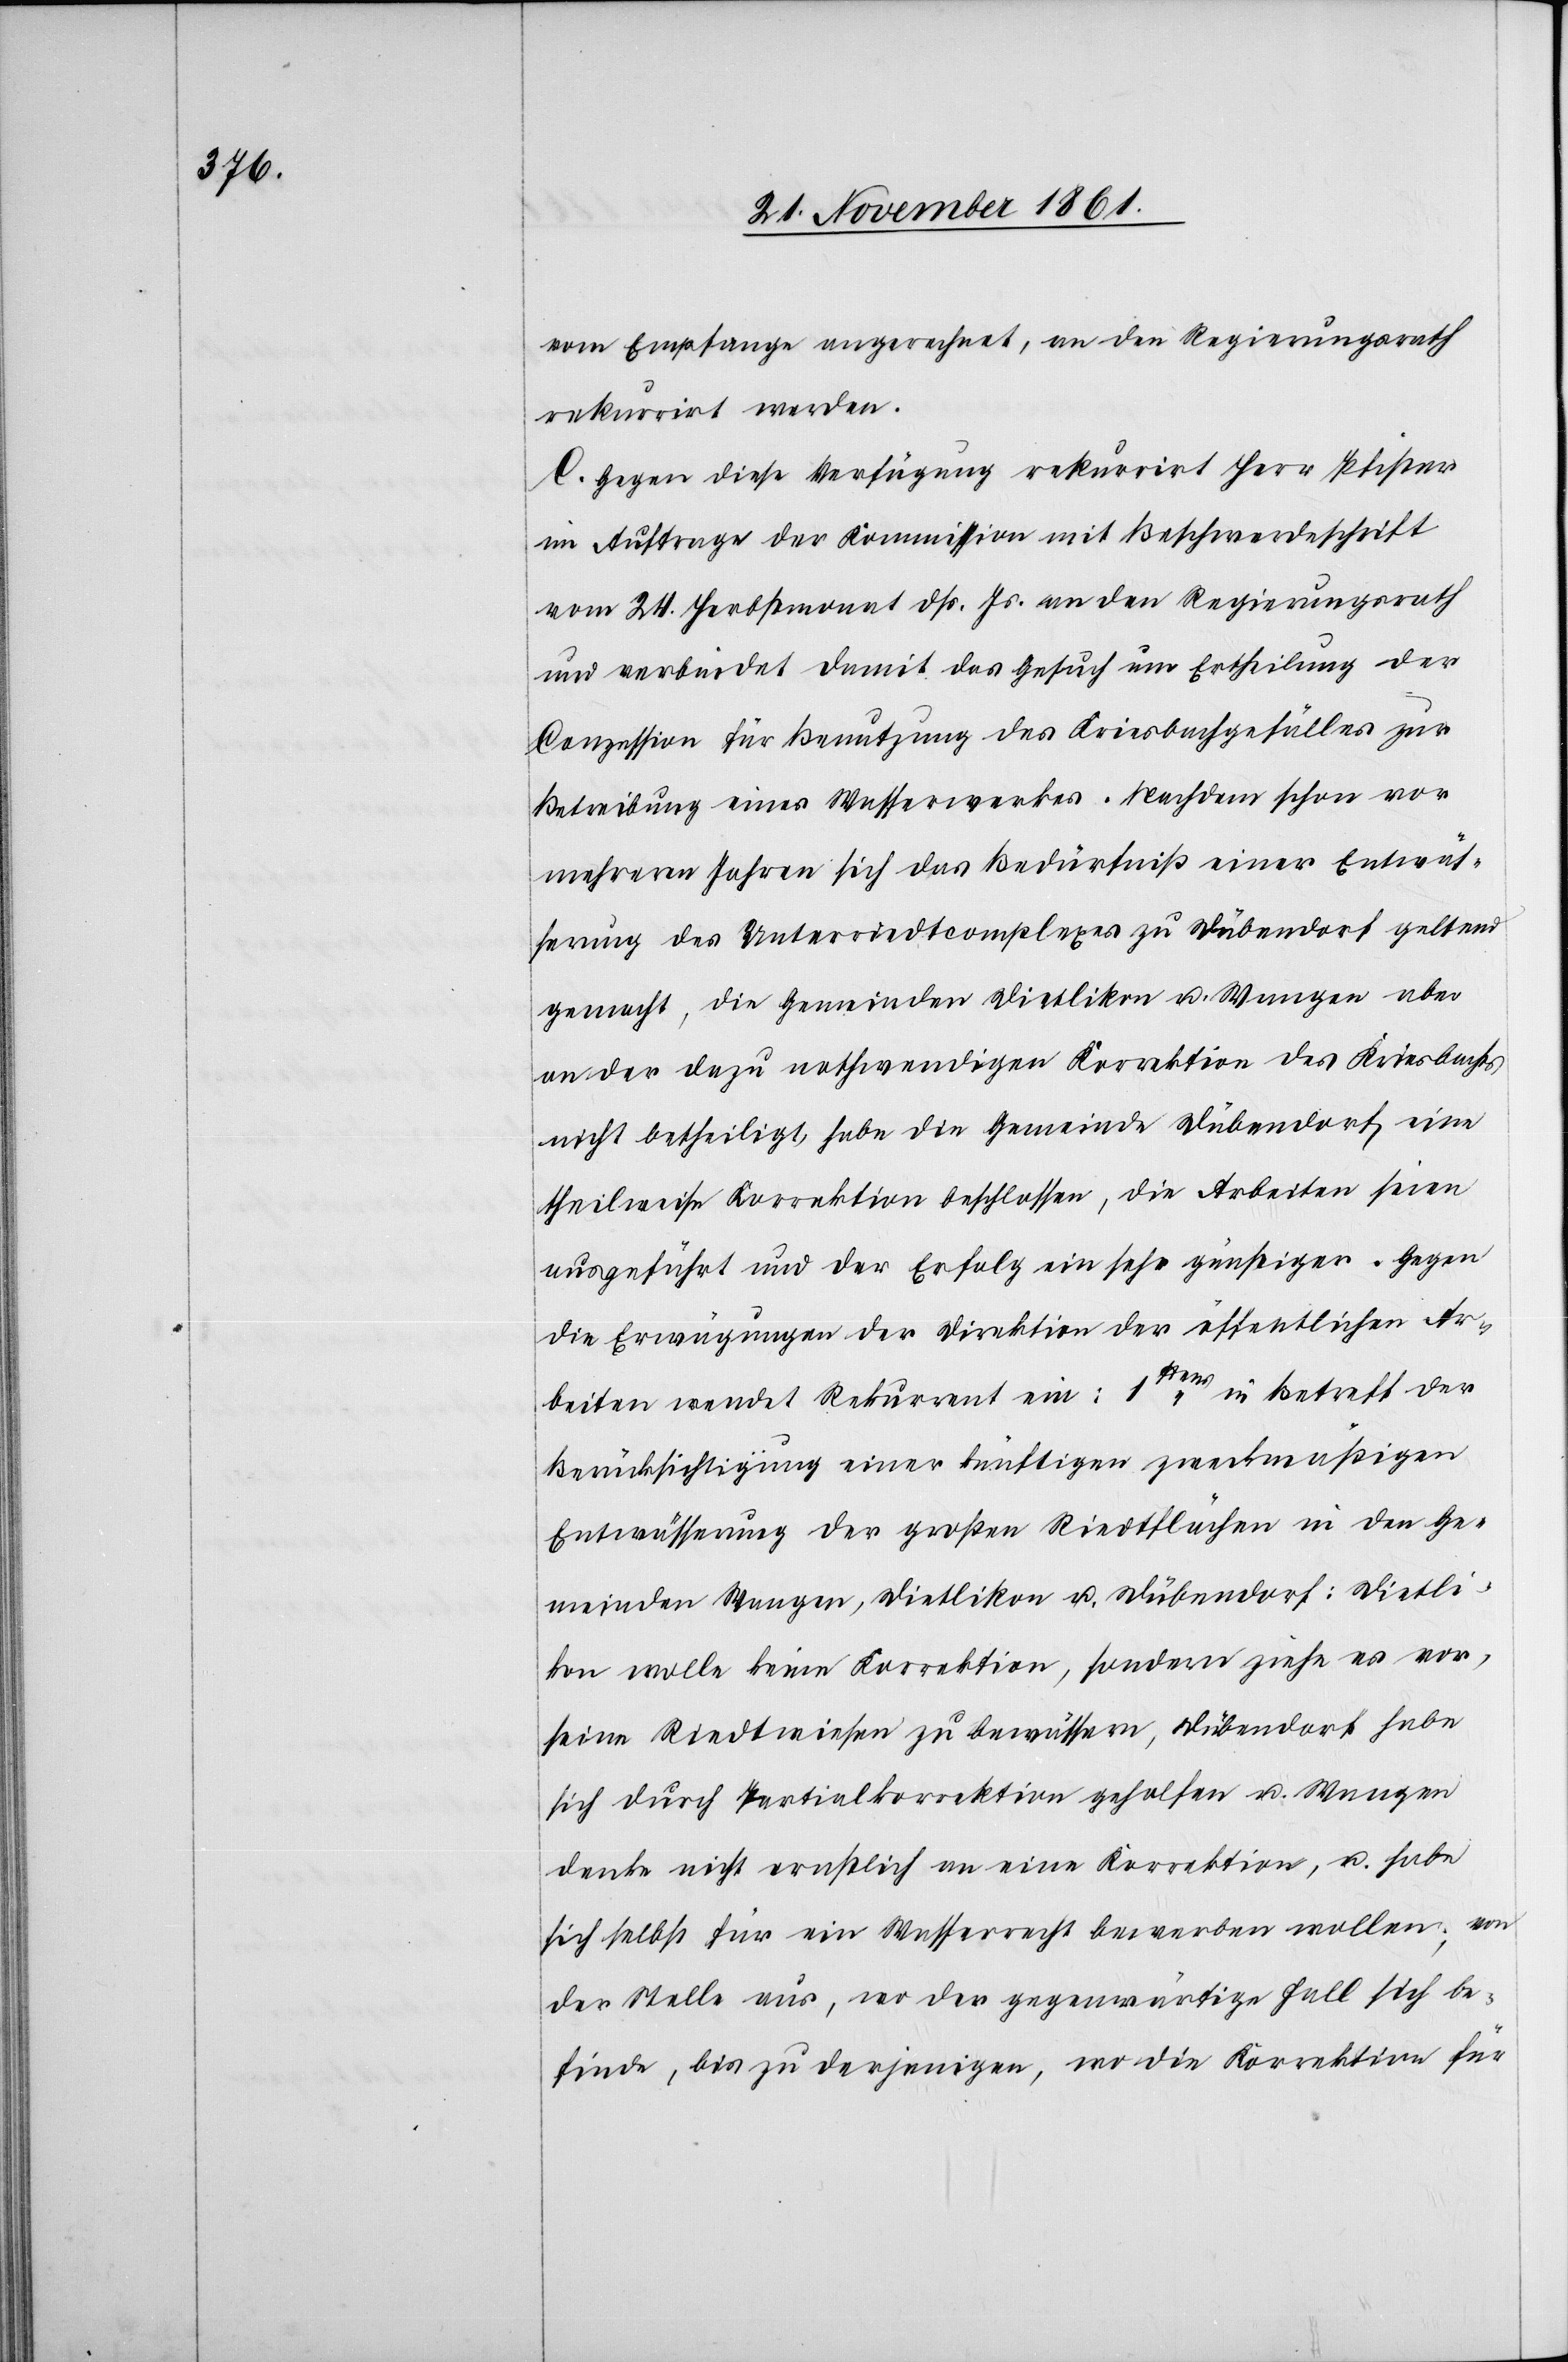
vom Empfange angerechnet, an den Regierungsrath
rekurrirt werden.
C. Gegen diese Verfügung rekurrirt Herr Pfister
im Auftrage der Kommission mit Beschwerdeschrift
vom 24 Herbstmonat dß. Js. an den Regierungsrath
und verbindet damit das Gesuch um Ertheilung der
Conzession für Benutzung des Kriesbachgefälles zur
Betreibung eines Wasserwerkes. Nachdem schon vor
mehreren Jahren sich das Bedürfniß einer Entwäs¬
serung des Unterriedtcomplexes zu Dübendorf geltend
gemacht, die Gemeinden Dietlikon u. Wangen aber
an der dazu nothwendigen Korrektion des Kriesbachs
nicht betheiligt [sic!], habe die Gemeinde Dübendorf eine
theilweise Korrektion beschlossen, die Arbeiten seien
ausgeführt und der Erfolg ein sehr günstiger. Gegen
die Erwägungen der Direktion der öffentlichen Ar¬
beiten wendet Rekurrent ein: 1stens in Betreff der
Berücksichtigung einer künftigen zweckmäßigen
Entwässerung der großen Riedtflächen in den Ge¬
meinden Wangen, Dietlikon u. Dübendorf: Dietli¬
kon wolle keine Korrektion, sondern ziehe es vor,
seine Riedtwiesen zu bewässern, Dübendorf habe
sich durch Partialkorrektion geholfen u. Wangen
denke nicht ernstlich an eine Korrektion, u. habe
sich selbst für ein Wasserrecht bewerben wollen; von
der Stelle aus, wo der gegenwärtige Fall sich be¬
finde, bis zu derjenigen, wo die Korrektion für